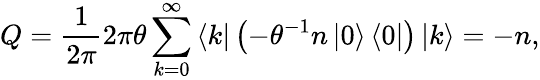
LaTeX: Q=\frac{1}{2\pi}2\pi\theta\sum_{k=0}^{\infty}\left\langle k\right|\left(-\theta^{-1}n\left|0\right\rangle\left\langle 0\right|\right)\left|k\right\rangle=-n,